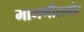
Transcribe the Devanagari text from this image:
मागणीसमोर